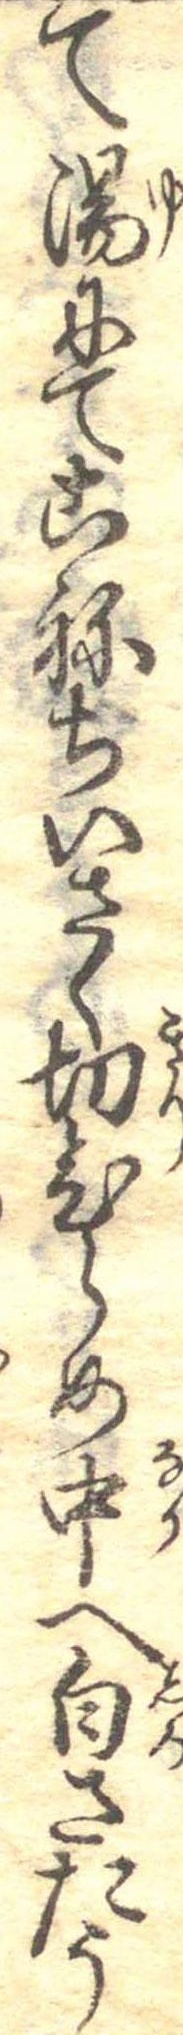
て湯にてこねちいさく切ひらめ中へ白さたう